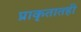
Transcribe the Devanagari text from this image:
प्राकृतातही